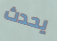
يحدث